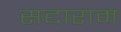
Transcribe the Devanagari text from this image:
सद्दाराम